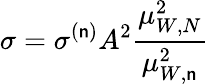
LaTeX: \sigma=\sigma^{(\mathsf{n})}A^{2}\frac{{\mu_{W,N}^{2}}}{{\mu_{W,\mathsf{n}}^{2}}}